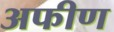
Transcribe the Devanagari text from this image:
अफीण